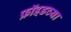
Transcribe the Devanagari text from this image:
फ्रॉइडच्या